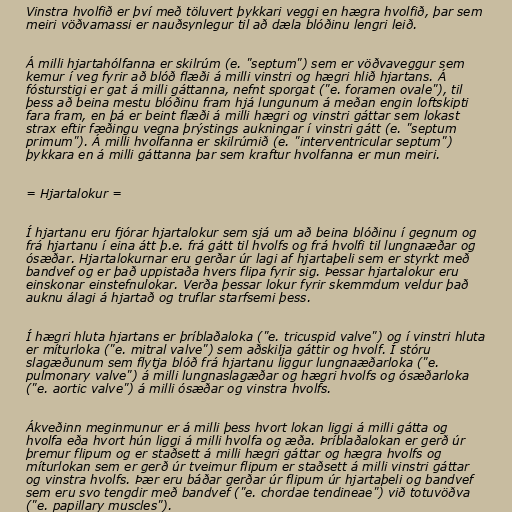
Vinstra hvolfið er því með töluvert þykkari veggi en hægra hvolfið, þar sem
meiri vöðvamassi er nauðsynlegur til að dæla blóðinu lengri leið.

Á milli hjartahólfanna er skilrúm (e. "septum") sem er vöðvaveggur sem
kemur í veg fyrir að blóð flæði á milli vinstri og hægri hlið hjartans. Á
fósturstigi er gat á milli gáttanna, nefnt sporgat ("e. foramen ovale"), til
þess að beina mestu blóðinu fram hjá lungunum á meðan engin loftskipti
fara fram, en þá er beint flæði á milli hægri og vinstri gáttar sem lokast
strax eftir fæðingu vegna þrýstings aukningar í vinstri gátt (e. "septum
primum"). Á milli hvolfanna er skilrúmið (e. "interventricular septum")
þykkara en á milli gáttanna þar sem kraftur hvolfanna er mun meiri.

= Hjartalokur =

Í hjartanu eru fjórar hjartalokur sem sjá um að beina blóðinu í gegnum og
frá hjartanu í eina átt þ.e. frá gátt til hvolfs og frá hvolfi til lungnaæðar og
ósæðar. Hjartalokurnar eru gerðar úr lagi af hjartaþeli sem er styrkt með
bandvef og er það uppistaða hvers flipa fyrir sig. Þessar hjartalokur eru
einskonar einstefnulokar. Verða þessar lokur fyrir skemmdum veldur það
auknu álagi á hjartað og truflar starfsemi þess.

Í hægri hluta hjartans er þríblaðaloka ("e. tricuspid valve") og í vinstri hluta
er míturloka ("e. mitral valve") sem aðskilja gáttir og hvolf. Í stóru
slagæðunum sem flytja blóð frá hjartanu liggur lungnaæðarloka ("e.
pulmonary valve") á milli lungnaslagæðar og hægri hvolfs og ósæðarloka
("e. aortic valve") á milli ósæðar og vinstra hvolfs.

Ákveðinn meginmunur er á milli þess hvort lokan liggi á milli gátta og
hvolfa eða hvort hún liggi á milli hvolfa og æða. Þríblaðalokan er gerð úr
þremur flipum og er staðsett á milli hægri gáttar og hægra hvolfs og
míturlokan sem er gerð úr tveimur flipum er staðsett á milli vinstri gáttar
og vinstra hvolfs. Þær eru báðar gerðar úr flipum úr hjartaþeli og bandvef
sem eru svo tengdir með bandvef ("e. chordae tendineae") við totuvöðva
("e. papillary muscles").